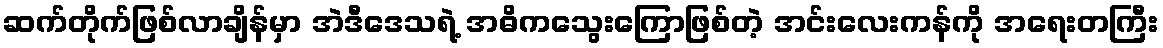
ဆက်တိုက်ဖြစ်လာချိန်မှာ အဲဒီဒေသရဲ့ အဓိကသွေးကြောဖြစ်တဲ့ အင်းလေးကန်ကို အရေးတကြီး